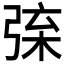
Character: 𢏲